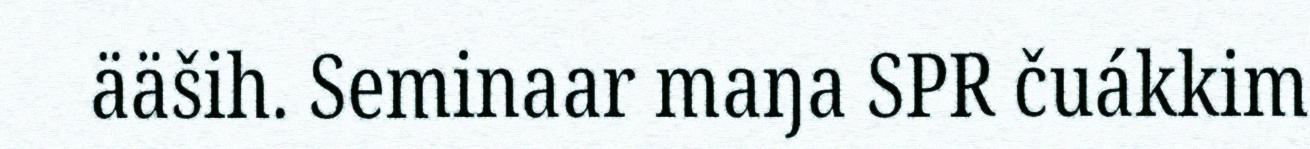
ääših. Seminaar maŋa SPR čuákkim